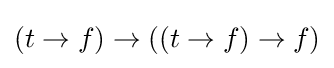
(t\rightarrow f)\rightarrow ((t\rightarrow f)\rightarrow f)